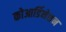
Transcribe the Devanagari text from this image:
कोआर्डिनेशन